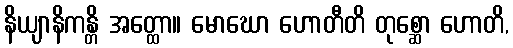
နိယျာနိကန္တိ အတ္ထော။ မောဃော ဟောတီတိ တုစ္ဆော ဟောတိ,